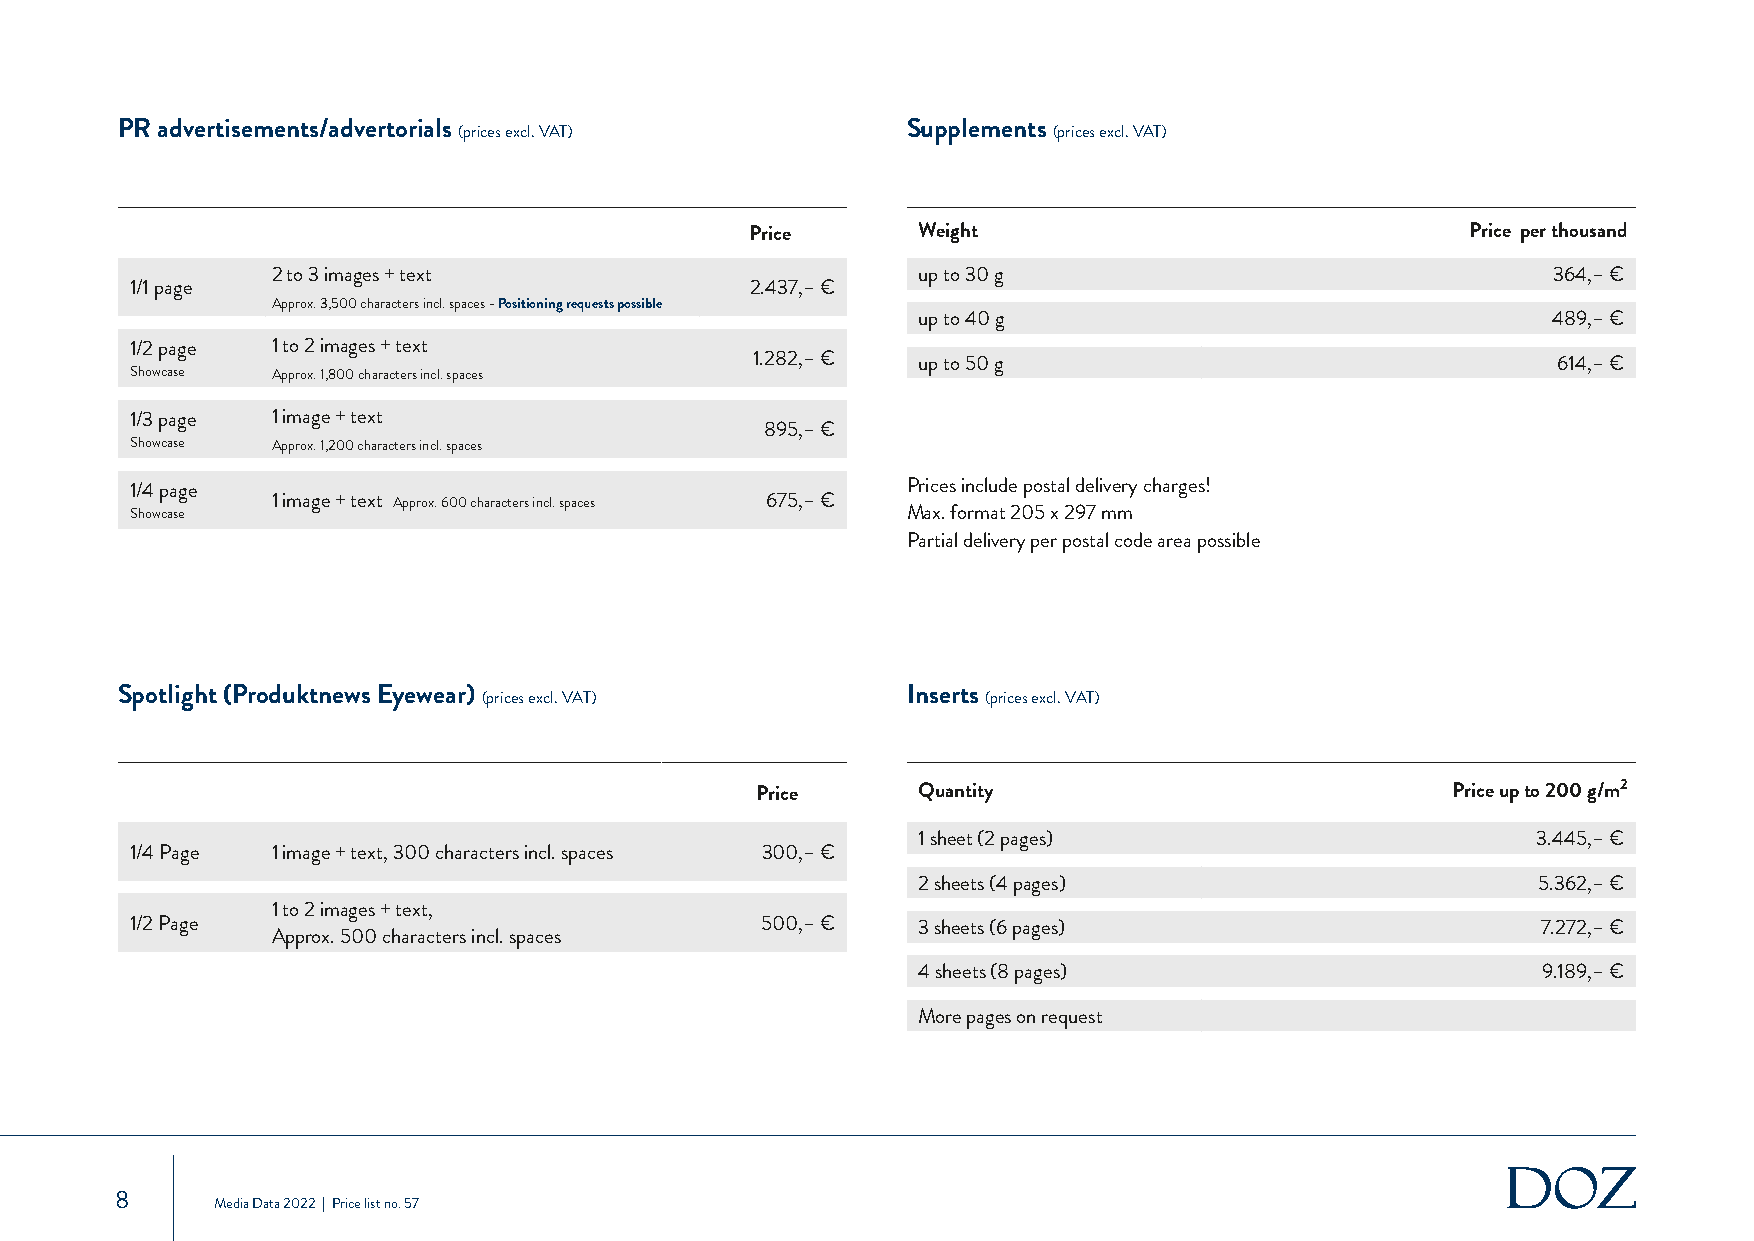
PR advertisements/advertorials (prices excl. VAT)   Supplements (prices excl. VAT)
 Price      Weight                              Price per thousand
 2 to 3 images + text                       up to 30 g                                364,– €
 1/1 page                                 2.437,– €
 Approx. 3,500 characters incl. spaces - Positioning requests possible
 up to 40 g                                489,– €
 1/2 page 1 to 2 images + text
 1.282,– €  up to 50 g                                614,– €
 Showcase Approx. 1,800 characters incl. spaces
 1/3 page 1 image + text
 895,– €
 Showcase Approx. 1,200 characters incl. spaces
 1/4 page                                           Prices include postal delivery charges!
 1 image + text Approx. 600 characters incl. spaces 675,– €
 Showcase                                           Max. format 205 x 297 mm
 Partial delivery per postal code area possible
 Spotlight (Produktnews Eyewear) (prices excl. VAT)  Inserts (prices excl. VAT)
 Price      Quantity                           Price up to 200 g/m2
 1 sheet (2 pages)                        3.445,– €
 1/4 Page 1 image + text, 300 characters incl. spaces 300,– €
 2 sheets (4 pages)                       5.362,– €
 1 to 2 images + text,
 1/2 Page                                 500,– €    3 sheets (6 pages)                       7.272,– €
 Approx. 500 characters incl. spaces
 4 sheets (8 pages)                       9.189,– €
 More pages on request
 8
 Media Data 2022 | Price list no. 57